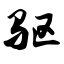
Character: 驱